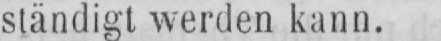
ständigt werden kann.